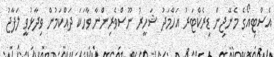
އެސްޓިއޯގެ މެނޭޖިން ޑިރެކްޓަރު އަހްމަދު ޝަހީރު ނޫސްވެރިންނާ ވާހަކަ ދައްކަމުން ވިދާޅުވީ ލަފާޖު